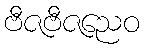
ဗီဇဗီဇညေဝ